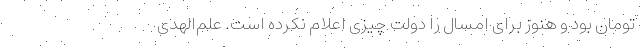
تومان بود و هنوز برای امسال را دولت چیزی اعلام نکرده است. علم‌الهدی